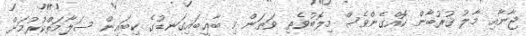
ޖާނާއި މާލު ޤުރުބާން ކޮއްގެންވެސް މިލޮބުވެތި ވަޠަން މި ބާޢީބައިގަނޑުގެ ކިބައިން ސަލާމަތްކުރުމަށް